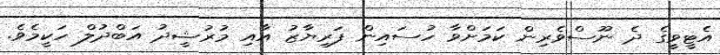
އެޓީވީގެ ދެ ނޫސްވެރިން ކަމަށްވާ ހުސައިން ފަރިޔާޒު އާއި މުރުޝީދު އަބްދުލް ހަކީމެވެ.